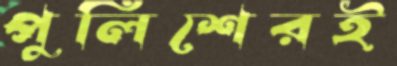
পুলিশেরই